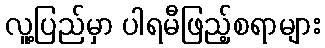
လူ့ပြည်မှာ ပါရမီဖြည့်စရာများ